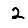
Digit: 2